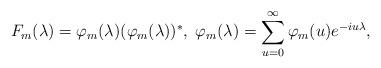
LaTeX: \begin{align*} F_m(\lambda)=\varphi_m(\lambda)(\varphi_m(\lambda))^*,\;\varphi_m(\lambda)=\sum_{u=0}^\infty \varphi_m(u)e^{-iu\lambda},\end{align*}